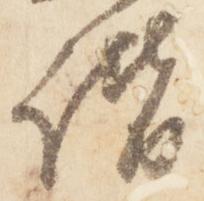
諧